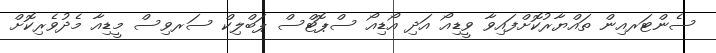
ސެންޓަރއިން ތައްޔާރުކޮށްފައިވާ ވީޑިއޯ އަދި އޯޑިއޯ ސްޕޮޓްސް ޕަބްލިކް ސަރވިސް މީޑިއާ މެދުވެރިކޮށް